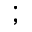
;